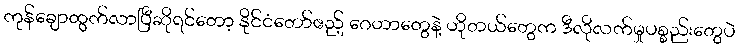
ကုန်ချောထွက်လာပြီဆိုရင်တော့ နိုင်ငံတော်ဧည့် ဂေဟာတွေနဲ့ ဟိုတယ်တွေက ဒီလိုလက်မှုပစ္စည်းတွေပဲ